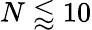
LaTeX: N\lessapprox 10